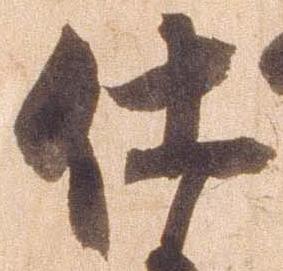
仕